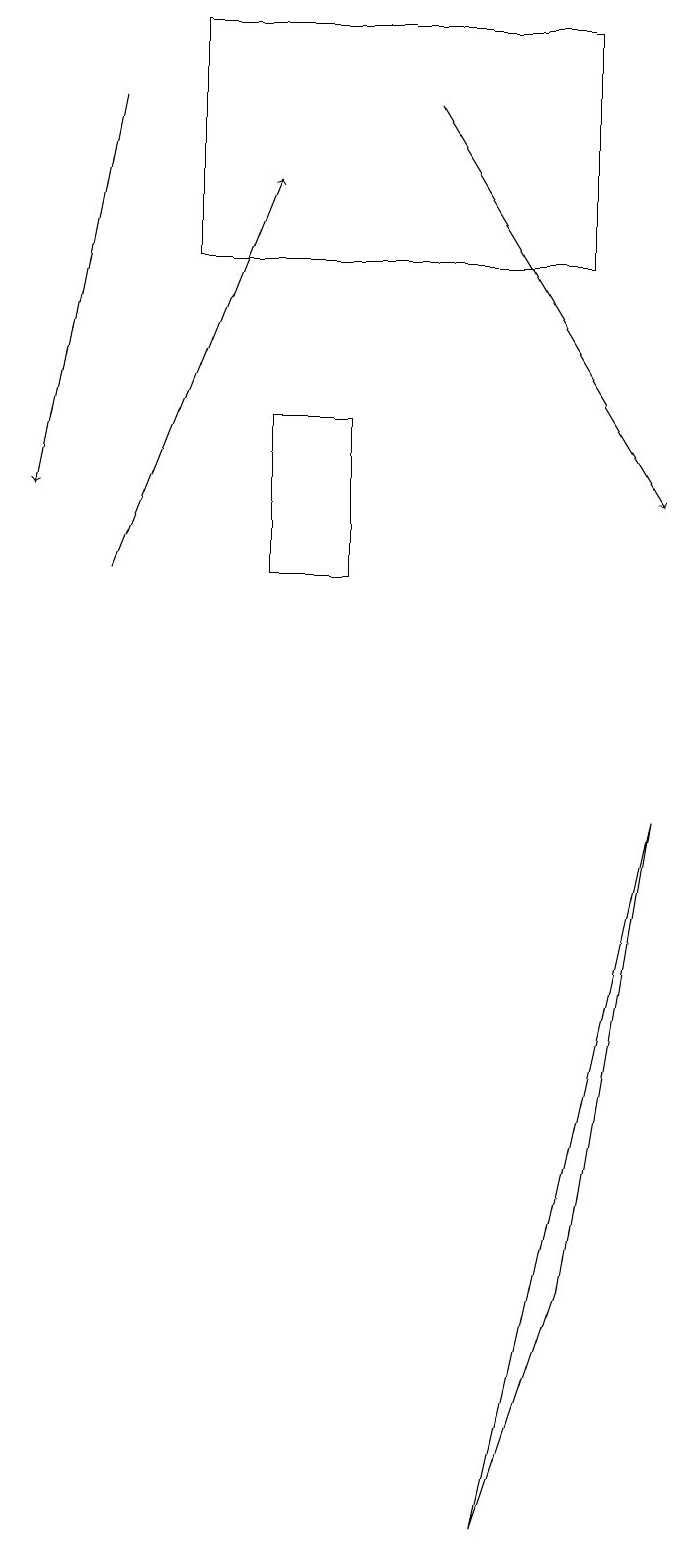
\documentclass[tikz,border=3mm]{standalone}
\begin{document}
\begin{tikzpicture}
\draw (7,3) -- (6,0) -- (8,9) -- cycle;
\draw[->] (1,12) -- (3,17);
\draw[->] (5,18) -- (8,13);
\draw[->] (1,18) -- (0,13);
\draw (3,12) rectangle (4,14);
\draw (7,16) rectangle (2,19);
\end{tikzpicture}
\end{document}